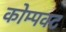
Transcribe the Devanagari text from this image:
कोम्पक्ट